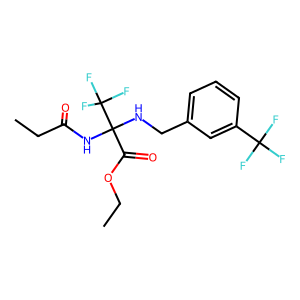
SMILES: CCOC(=O)C(NCc1cccc(C(F)(F)F)c1)(NC(=O)CC)C(F)(F)F
Inhibits HIV replication: No